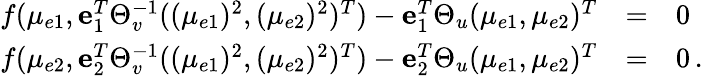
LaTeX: \begin{array}{rcl}{f(\mu_{e1},{\mathbf e}_{1}^{T}\Theta_{v}^{-1}((\mu_{e1})^{2},(\mu_{e2})^{2})^{T})-{\mathbf e}_{1}^{T}\Theta_{u}(\mu_{e1},\mu_{e2})^{T}}&{=}&{0}\\ {f(\mu_{e2},{\mathbf e}_{2}^{T}\Theta_{v}^{-1}((\mu_{e1})^{2},(\mu_{e2})^{2})^{T})-{\mathbf e}_{2}^{T}\Theta_{u}(\mu_{e1},\mu_{e2})^{T}}&{=}&{0\, .}\end{array}